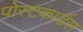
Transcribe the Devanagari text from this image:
पोस्टकार्डस